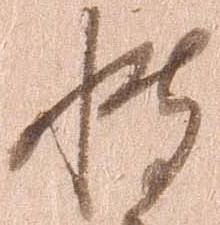
博